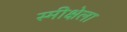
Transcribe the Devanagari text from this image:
स्मीक्षेला